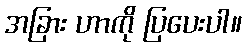
အခြား ဟာကို ပြပေးပါ။